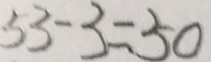
5 3 - 3 = 5 0